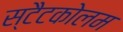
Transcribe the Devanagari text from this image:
स्टैटकोलम